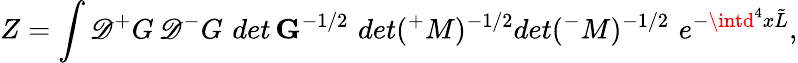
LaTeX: Z=\int{\cal\mathscr{D}}{^+}G\, {\cal\mathscr{D}}{^-}G\, \, det\, {\mathbf{G}}^{-1/2}\, \, det({^+}M)^{-1/2}det({^-}M)^{-1/2}\, \, e^{-\intd^{4}x\tilde{{L}}},